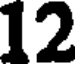
12